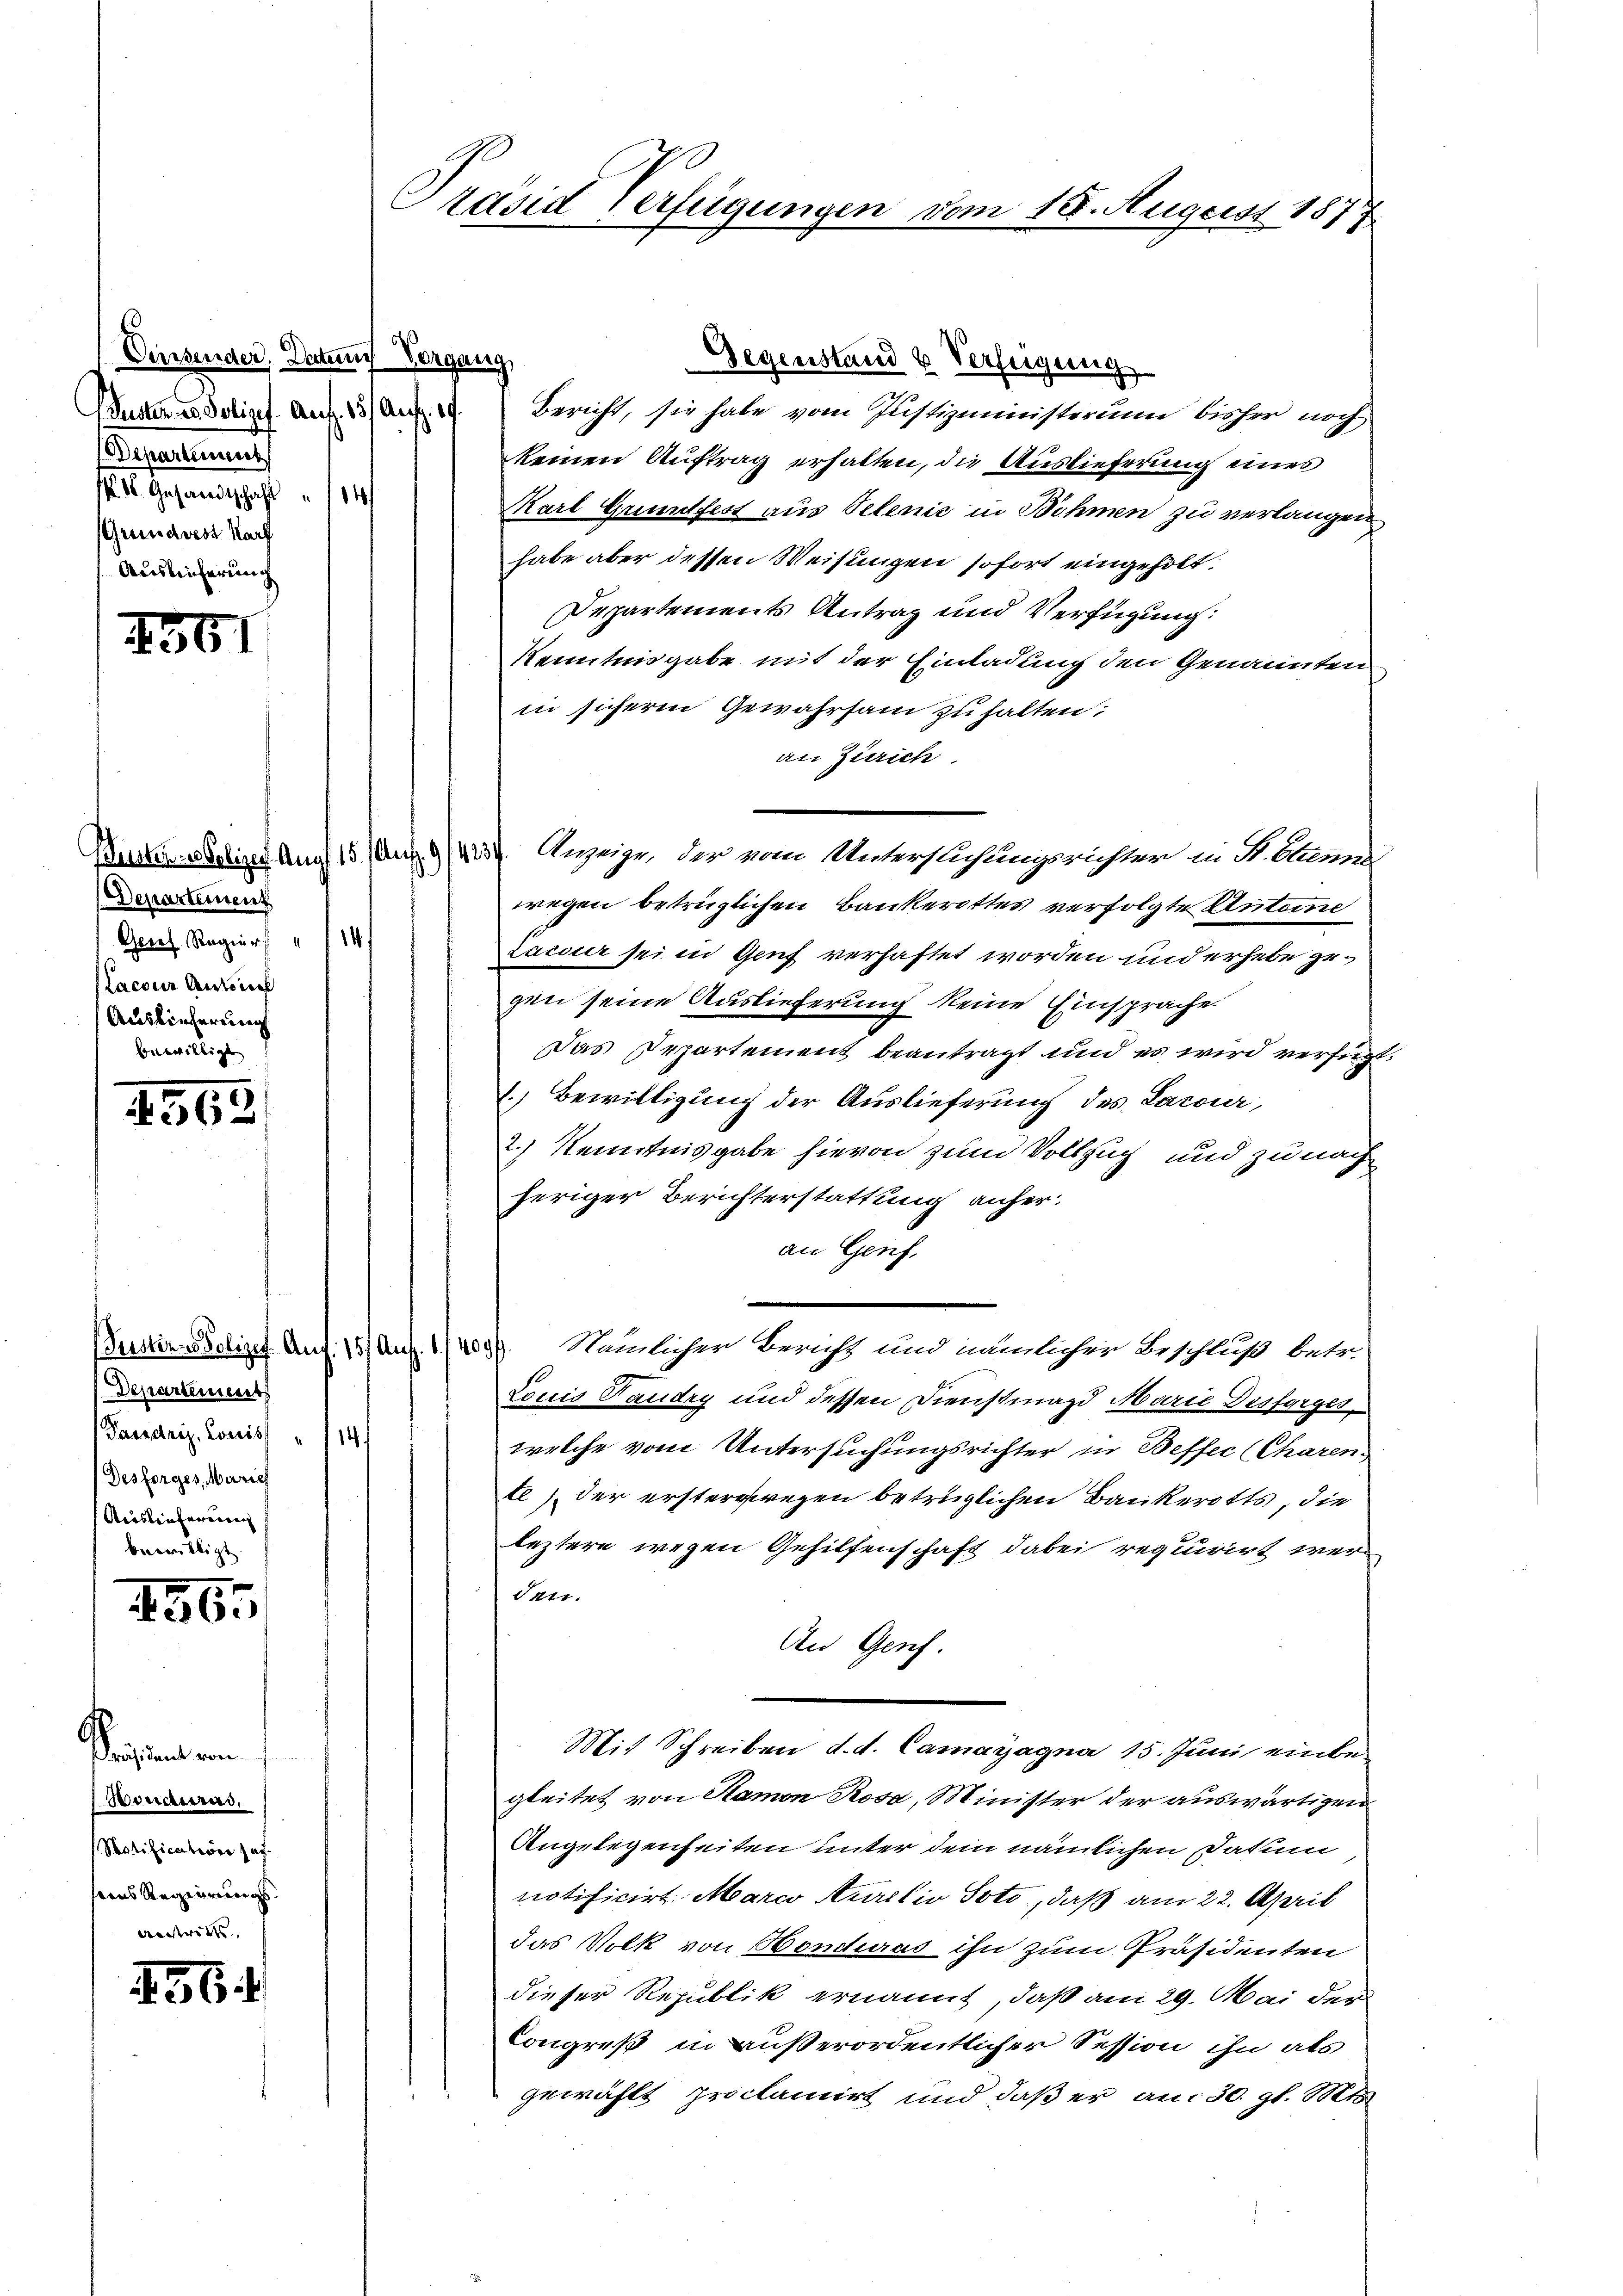
Einsender. Datum Vorgang
Puster es Polizef. Auf 15. Auf 10.
Departement
K. V. Gesandtschaft " 14/
(Grundvest Harf
Auslieferung

.

436

Departement
14.
Geret Regier
Lacona Amtsrech
Auslieferung
bewilligt

462.

Departement
Parsdriz. Louis " 114
Desforges, Mariel
Auslieferiren
bewilligt.

465

slaenden
Hondurs.
Notification sas
seins Regierungs¬
Austritts

156

Bericht, sie habe vom Justizministerium bisher noch
keinen Auftrag erhalten, die Auslieferung eines
Karl Grundfest aus Velenić in Böhmen zu verlangen
habe aber dessen Weisungen sofort eingeholt.
Departements Antrag und Verfügung:
Kenntnisgabe mit der Einladung den Genannten
in sicheren Gewahrsam zu halten;
an Zürich
Stenten seelisch auf 15. Aug. 114237. Anzeige, der vom Untersuchungsrichter in St. Ges
wegen betrüglichen Bankerottes verfolgte Antoine
Zacour sei in Genf verhaftet worden und erhebe gegen seine Auslieferung keine Einsprache
Das Departement beantragt und es wird verfügt.
1. Bewilligung der Auslieferung des Lacour,
2.) Kenntnisgabe hievon zum Vollzug und zu nach
heriger Berichterstattung anheran Genf.
Puster Polizey Auf: 15/ Aug. 1. 1400). Nämlicher Bericht und inumlicher Beschluß betr.
Louis Taudry und dessen Dienstmagd Marie Desforges
welche vom Untersuchungsrichter in Beffec (Charen
te) der ersterregen betrüglichen Bankerotts, die
leztere wegen Gehilfenschaft dabei requirirt wer
den.
An Genf.
Mit Schreiben d. d. Camayagna 15. Juni einbegleitet von Samon Rosa, Minister der auswärtigen
Angelegenheiten unter dem nämlichen Datum
notificirt Marco Aurilio Soto, daß am 22. April
das Volk von Honduras ihn zum Präsidenten
dieser Republik ernannt, daß am 29. Mai der
Congreß in außerordentlicher Session ihn als
gewählt proclamirt und daß er am 30. gl. Mts.

Präsid Verfügungen vom 15. August 1877

Gegenstand & Verfügung

1